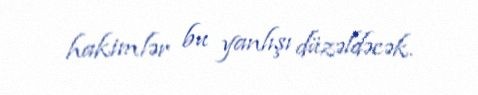
hakimlər bu yanlışı düzəldəcək.